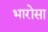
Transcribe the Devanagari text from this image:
भारोसा